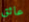
عائق